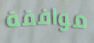
موافقة